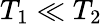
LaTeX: T_{1}\ll T_{2}